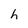
Character: h